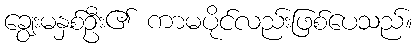
ချွေးမနှစ်ဦး၏ ကာမပိုင်လည်းဖြစ်ပေသည်။